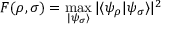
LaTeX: F ( \rho , \sigma ) = \operatorname* { m a x } _ { | \psi _ { \sigma } \rangle } | \langle \psi _ { \rho } | \psi _ { \sigma } \rangle | ^ { 2 }